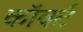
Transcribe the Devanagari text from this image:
कॉवर्ट